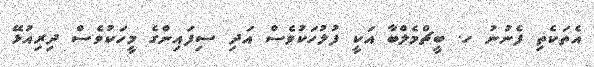
އެތަކެތި ފެނުނު ހ. ބީޗްމެލްބާ އަކީ ފުލުހަކުވެސް އަދި ސިފައިންގެ މީހަކުވެސް ދިރިއުޅޭ